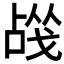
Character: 𰒬